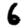
Digit: 6